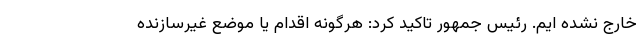
خارج نشده ایم. رئیس جمهور تاکید کرد: هرگونه اقدام یا موضع غیرسازنده